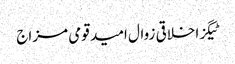
ٹیگزاخلاقی زوال امید قومی مزاج